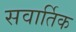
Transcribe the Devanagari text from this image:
सवार्तिक